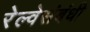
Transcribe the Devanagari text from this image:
रेल्वेसंबंधी